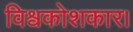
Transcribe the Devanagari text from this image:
विश्वकोशकार।